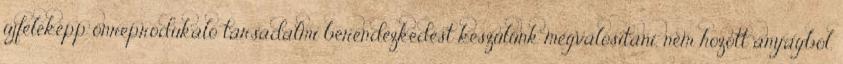
újféleképp önreprodukáló társadalmi berendezkedést készülünk megvalósítani, nem hozott anyagból.